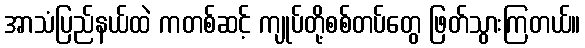
အာသံပြည်နယ်ထဲ ကတစ်ဆင့် ကျုပ်တို့စစ်တပ်တွေ ဖြတ်သွားကြတယ်။